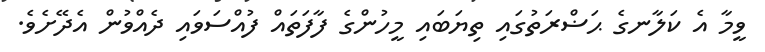
ވީމާ އެ ކަލާނގެ ޙަޟްރަތުގައި ތިޔަބައި މީހުންގެ ފާފަތައް ފުއްސަވައި ދެއްވުން އެދޭށެވެ.